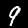
Label: 9